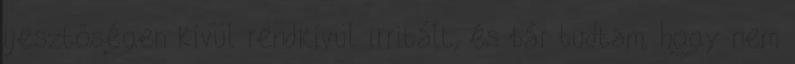
ijesztőségen kívül rendkívül irritált, és bár tudtam, hogy nem